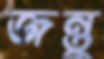
জন্তু